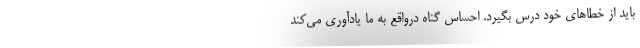
باید از خطاهای خود درس بگیرد. احساس گناه درواقع به ما یادآوری می‌کند